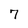
Character: 7